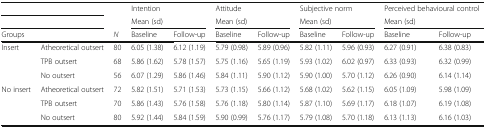
<table><thead><tr><td colspan="2">[EMPTY_CELL]</td><td>[EMPTY_CELL]</td><td colspan="2"><b>Intention</b></td><td colspan="2"><b>Attitude</b></td><td colspan="2"><b>Subjective norm</b></td><td colspan="2"><b>Perceived behavioural control</b></td></tr><tr><td colspan="2">[EMPTY_CELL]</td><td>[EMPTY_CELL]</td><td colspan="2"><b>Mean (sd)</b></td><td colspan="2"><b>Mean (sd)</b></td><td colspan="2"><b>Mean (sd)</b></td><td colspan="2"><b>Mean (sd)</b></td></tr><tr><td colspan="2"><b>Groups</b></td><td><b><i>N</i></b></td><td><b>Baseline</b></td><td><b>Follow-up</b></td><td><b>Baseline</b></td><td><b>Follow-up</b></td><td><b>Baseline</b></td><td><b>Follow-up</b></td><td><b>Baseline</b></td><td><b>Follow-up</b></td></tr></thead><tbody><tr><td rowspan="3">Insert</td><td>Atheoretical outsert</td><td>80</td><td>6.05 (1.38)</td><td>6.12 (1.19)</td><td>5.79 (0.98)</td><td>5.89 (0.96)</td><td>5.82 (1.11)</td><td>5.96 (0.93)</td><td>6.27 (0.91)</td><td>6.38 (0.83)</td></tr><tr><td>TPB outsert</td><td>68</td><td>5.86 (1.62)</td><td>5.78 (1.57)</td><td>5.75 (1.16)</td><td>5.65 (1.19)</td><td>5.93 (1.02)</td><td>6.02 (0.97)</td><td>6.33 (0.93)</td><td>6.32 (0.99)</td></tr><tr><td>No outsert</td><td>56</td><td>6.07 (1.29)</td><td>5.86 (1.46)</td><td>5.84 (1.11)</td><td>5.90 (1.12)</td><td>5.90 (1.00)</td><td>5.70 (1.12)</td><td>6.26 (0.90)</td><td>6.14 (1.14)</td></tr><tr><td rowspan="3">No insert</td><td>Atheoretical outsert</td><td>72</td><td>5.82 (1.51)</td><td>5.71 (1.53)</td><td>5.73 (1.15)</td><td>5.66 (1.12)</td><td>5.68 (1.02)</td><td>5.62 (1.15)</td><td>6.05 (1.09)</td><td>5.98 (1.09)</td></tr><tr><td>TPB outsert</td><td>70</td><td>5.86 (1.43)</td><td>5.76 (1.58)</td><td>5.76 (1.18)</td><td>5.80 (1.14)</td><td>5.87 (1.10)</td><td>5.69 (1.17)</td><td>6.18 (1.07)</td><td>6.19 (1.08)</td></tr><tr><td>No outsert</td><td>80</td><td>5.92 (1.44)</td><td>5.84 (1.59)</td><td>5.90 (0.99)</td><td>5.76 (1.17)</td><td>5.79 (1.08)</td><td>5.70 (1.18)</td><td>6.13 (1.13)</td><td>6.16 (1.03)</td></tr></tbody></table>